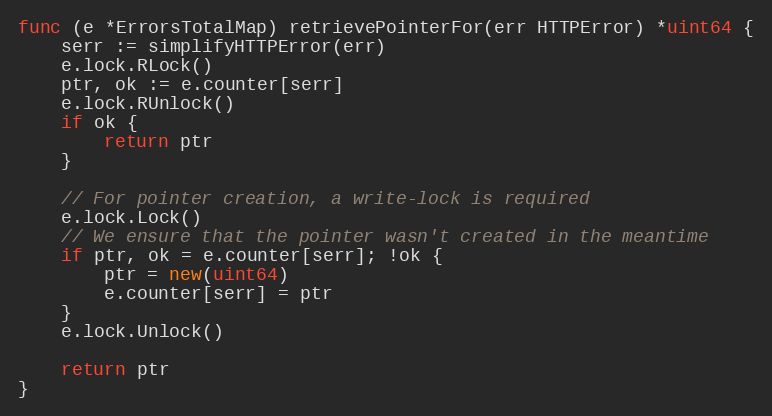
Language: Go
func (e *ErrorsTotalMap) retrievePointerFor(err HTTPError) *uint64 {
	serr := simplifyHTTPError(err)
	e.lock.RLock()
	ptr, ok := e.counter[serr]
	e.lock.RUnlock()
	if ok {
		return ptr
	}

	// For pointer creation, a write-lock is required
	e.lock.Lock()
	// We ensure that the pointer wasn't created in the meantime
	if ptr, ok = e.counter[serr]; !ok {
		ptr = new(uint64)
		e.counter[serr] = ptr
	}
	e.lock.Unlock()

	return ptr
}